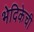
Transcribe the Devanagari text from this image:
भेदिकेची